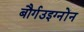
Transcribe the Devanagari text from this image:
बौर्गउइग्नोंन